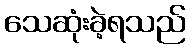
သေဆုံးခဲ့ရသည်